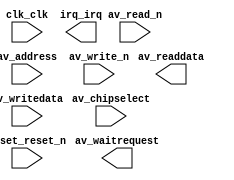

module jtag_uart (
	av_chipselect,
	av_address,
	av_read_n,
	av_readdata,
	av_write_n,
	av_writedata,
	av_waitrequest,
	clk_clk,
	irq_irq,
	reset_reset_n);	

	input		av_chipselect;
	input		av_address;
	input		av_read_n;
	output	[31:0]	av_readdata;
	input		av_write_n;
	input	[31:0]	av_writedata;
	output		av_waitrequest;
	input		clk_clk;
	output		irq_irq;
	input		reset_reset_n;
endmodule